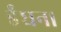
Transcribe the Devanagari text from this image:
ईंधन।